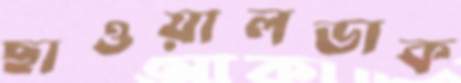
ছাওয়ালডাক